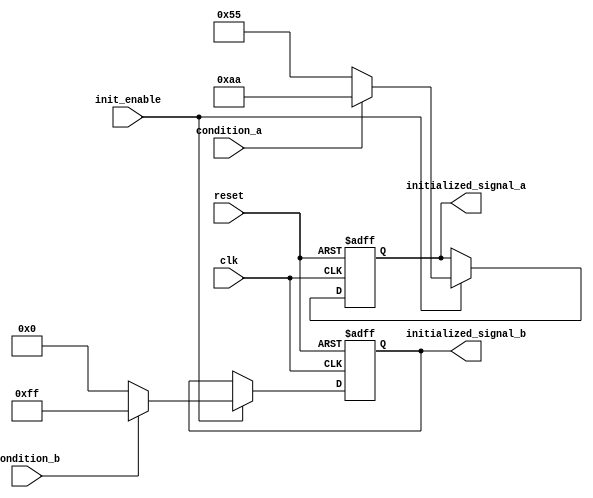
module conditional_initialization (
    input wire clk,                // Clock signal
    input wire reset,              // Reset signal
    input wire init_enable,        // Control signal for initialization
    input wire condition_a,        // Condition signal A
    input wire condition_b,        // Condition signal B
    output reg [7:0] initialized_signal_a, // Initialized signal A
    output reg [7:0] initialized_signal_b  // Initialized signal B
);

    // Initialization values
    localparam INIT_VALUE_A1 = 8'hAA; // Value for condition A1
    localparam INIT_VALUE_A2 = 8'h55; // Value for condition A2
    localparam INIT_VALUE_B1 = 8'hFF; // Value for condition B1
    localparam INIT_VALUE_B2 = 8'h00; // Value for condition B2

    always @(posedge clk or posedge reset) begin
        if (reset) begin
            // Reset behavior: clear initialized signals
            initialized_signal_a <= 8'h00;
            initialized_signal_b <= 8'h00;
        end else if (init_enable) begin
            // Conditional initialization logic
            if (condition_a) begin
                initialized_signal_a <= INIT_VALUE_A1; // Initialize based on condition A
            end else if (~condition_a) begin
                initialized_signal_a <= INIT_VALUE_A2; // Alternate initialization
            end

            if (condition_b) begin
                initialized_signal_b <= INIT_VALUE_B1; // Initialize based on condition B
            end else if (~condition_b) begin
                initialized_signal_b <= INIT_VALUE_B2; // Alternate initialization
            end
        end
    end

endmodule